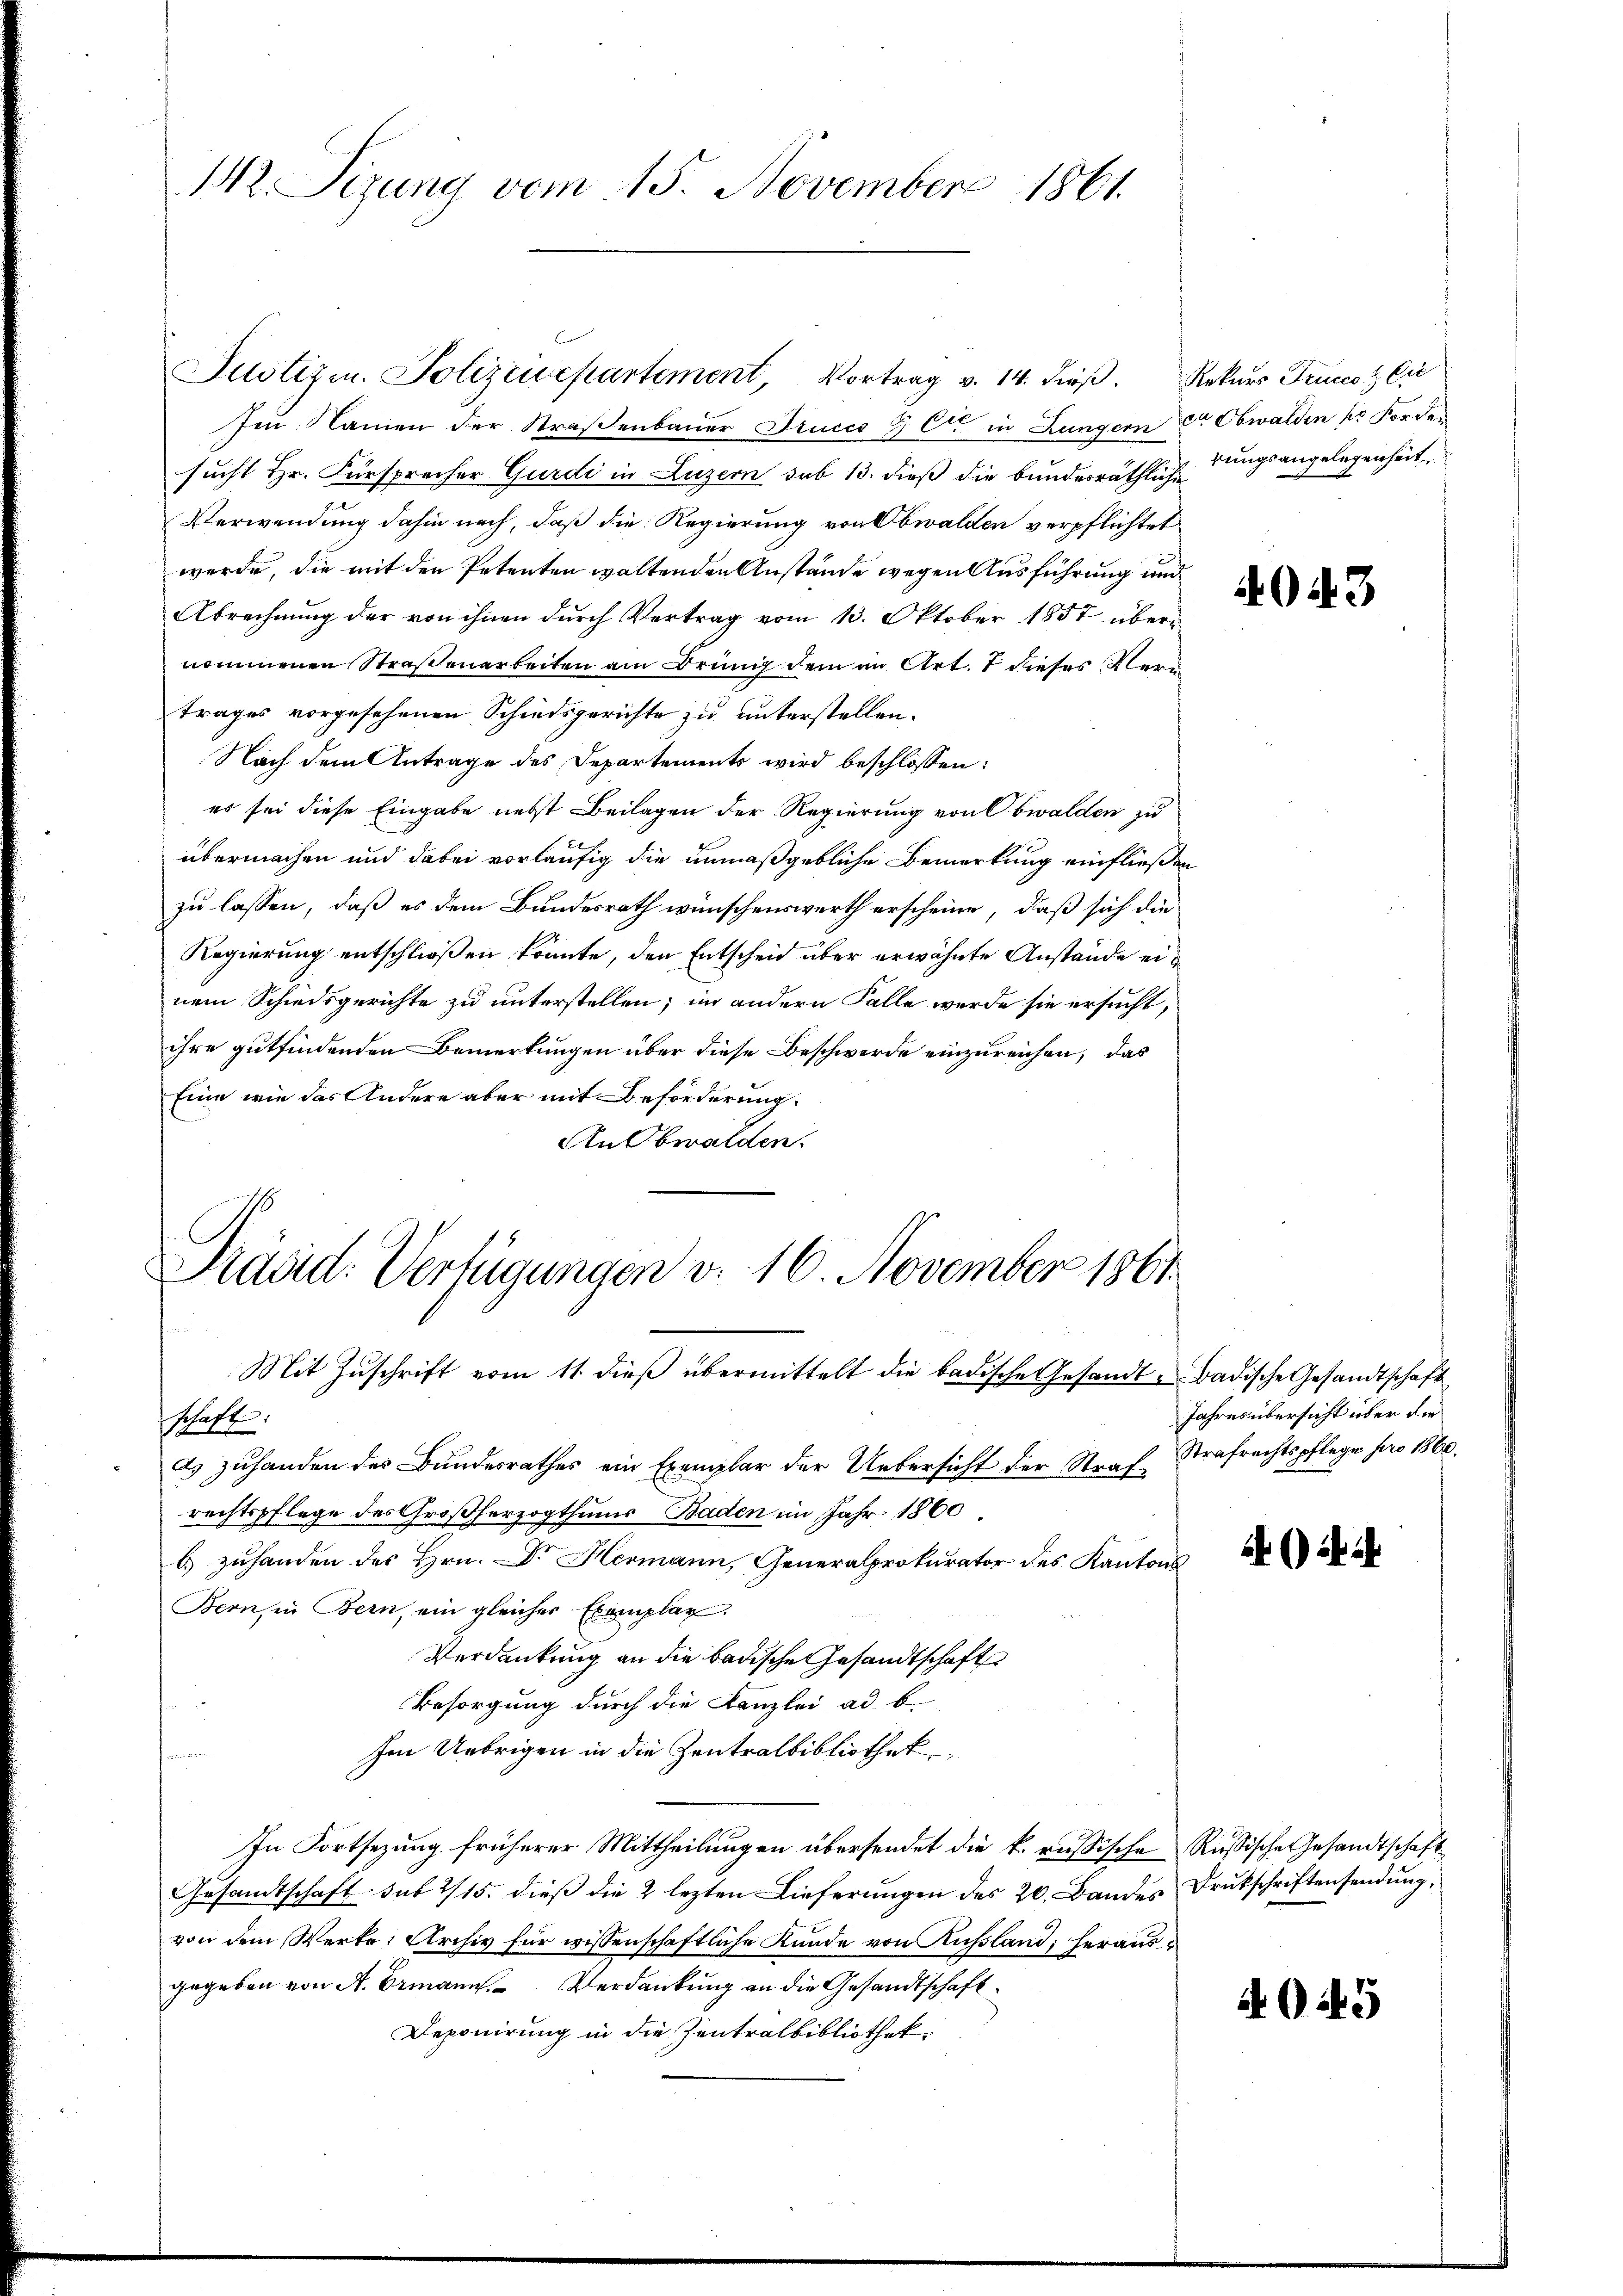
12. Sizung vom 15. November 1861.

Justizen. Polizeuepartement, Vortrag v. 14. dieβ. Rekurs Frucco Cie
Im Namen der Straßenbauer Fruccs & Cie in Lungern et Obwalden pr Forder
sucht Hr. Fürsprecher Gurdi in Luzern sub 13. dieß die bunderräthlicherungsangelegenheit
Verwendung dahin nach, daß die Regierung von Obwalden verpflichtet
werde, die mit den Petenten waltenden Anstände wegen Ausführung und
Abrechnung der von ihnen durch Vertrag vom 13. Oktober 1857 übernommenen Straßenarbeiten am Drung dem in Art. 7 dieses Vertrages vorgesehenen Schiedsgerichte zu unterstellen.
Nach dem Antrage des Departements wird beschlossen:
es sei diese Eingabe nebst Beilagen der Regierung von Obwalden zu
übermachen und dabei vorläufig die unmaßgebliche Bemerkung einfließen
zu lassen, daß es dem Bundesrath wünschenswerth erscheine, daß sich die
Regierung entschließen könnte, den Entscheid über erwähnte Anstände einem Schiedsgerichte zu unterstellen; im andern Falle werde sie ersucht,
ihre gutfindenden Bemerkungen über diese Beschwerde einzureichen, das
Eine wie das Andere aber mit Beförderung
An Obwalden.

Präsid. Verfügungen v. 16. November 1861

Mit Zuschrift vom 11. dieß übermittelt die badische Gesandt-Badische Gesandtschaft
schaft.
ds zuhanden des Bundesrathes ein Exemplar der Uebersicht der Straf Strafrechtspflege pro 1860.
rechtspflege des Großherzogthums Baden im Jahr 1860.
b) zuhanden des Hrn. Dr Hermann, Generalprokurator des Kantons
Bern, in Bern, ein gleicher Exemplar.
Verdankung an die badische Gesandtschaft
Besorgung durch die Kanzlei ad b.
Im Uebrigen in die Zentralbibliothek
In Fortsezung früherer Mittheilungen übersendet die k. russische Russische Gesandtschaft
Gesandtschaft sub 2/15. dieß die 2 lezten Lieferungen des 20. Bandes Drukschriftensendung,
von dem Werte: Archiv für wissenschaftliche Kunde von Kussland, herausgegeben von A. Ermann. Verdankung an die Gesandtschaft
Deponirung in die Zentralbibliothek

404. 3

Jahres übersicht über die

A 15